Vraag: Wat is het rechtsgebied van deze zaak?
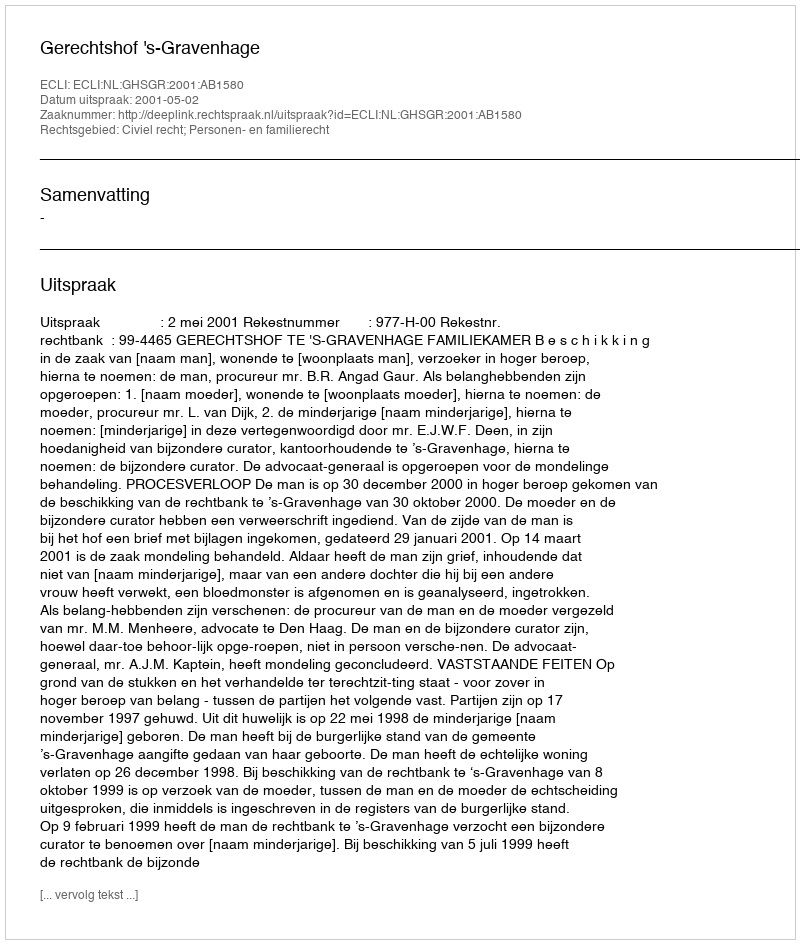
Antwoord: Civiel recht; Personen- en familierecht